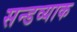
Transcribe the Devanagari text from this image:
सन्डव्याक